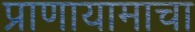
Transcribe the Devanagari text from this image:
प्राणायामाचा